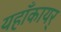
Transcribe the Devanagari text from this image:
यहाँकायर्